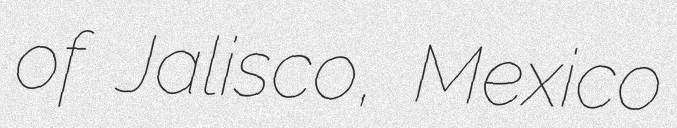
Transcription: of Jalisco, Mexico